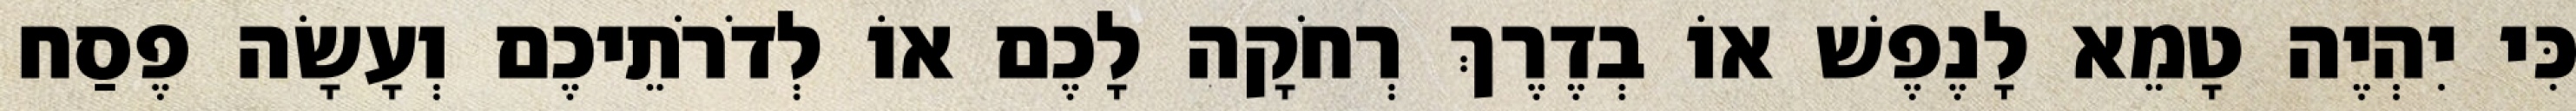
כִּי יִהְיֶה טָמֵא לָנֶפֶשׁ אוֹ בְדֶרֶךְ רְחֹקָה לָכֶם אוֹ לְדֹרֹתֵיכֶם וְעָשָׂה פֶסַח